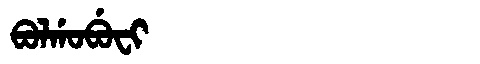
Manchu: ᠪᠣᠯᡤᠣᠪᡠᠸᡳ
Romanization: BOLGOBUFI